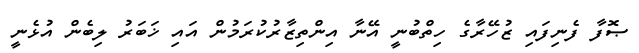
ޞޮފާ ފެނިފައި ޒުހޭރާގެ ހިތްބުނީ އޭނާ އިންތިޒާރުކުރަމުން އައި ޚަބަރު ލިބެން އުޅެނީ